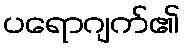
ပရောဂျက်၏